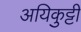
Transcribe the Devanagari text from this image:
अयिकुट्टी